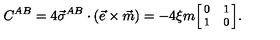
C ^ { A B } = 4 \vec { \sigma } ^ { A B } \cdot ( \vec { e } \times \vec { m } ) = - 4 \xi m { { \footnotesize \left[ \! \! \begin{array} { c c } { 0 } & { 1 } \\ { 1 } & { 0 } \\ \end{array} \! \! \right] } } .